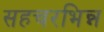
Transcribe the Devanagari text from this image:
सहचरभिन्न